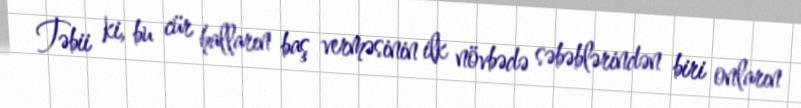
Təbii ki, bu cür halların baş verməsinin ilk növbədə səbəblərindən biri onların